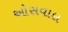
ઓસવાલ